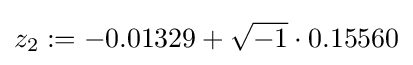
z_{2}:=-0.01329+{\sqrt {-1}}\cdot 0.15560